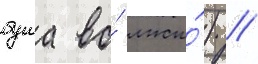
буша во́ лжи́) //